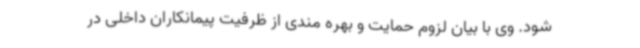
شود. وی با بیان لزوم حمایت و بهره مندی از ظرفیت پیمانکاران داخلی در